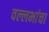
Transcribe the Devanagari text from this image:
वल्लभांचा